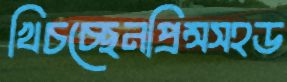
খিচচ্ছেনপ্রিন্সসহড